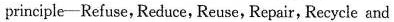
principle-Refuse, Reduse, Reuse, Repsir, Recycle and